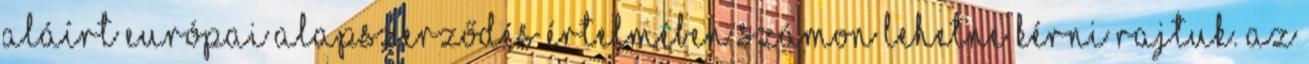
aláírt európai alapszerződés értelmében számon lehetne kérni rajtuk. Az